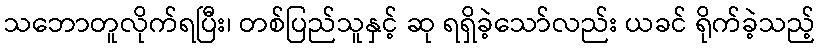
သဘောတူလိုက်ရပြီး၊ တစ်ပြည်သူနှင့် ဆု ရရှိခဲ့သော်လည်း ယခင် ရိုက်ခဲ့သည့်